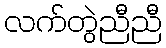
လက်တွဲညီညီ